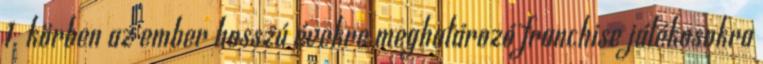
1. körben az ember hosszú évekre meghatározó franchise játékosokra